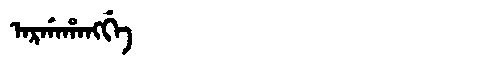
Manchu: ᠠᡵᡤᠠᡥᠠᠩᡤᡝ
Romanization: ARGAHANGGE